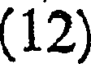
(12)